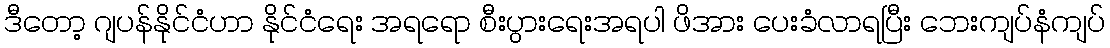
ဒီတော့ ဂျပန်နိုင်ငံဟာ နိုင်ငံရေး အရရော စီးပွားရေးအရပါ ဖိအား ပေးခံလာရပြီး ဘေးကျပ်နံကျပ်